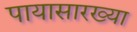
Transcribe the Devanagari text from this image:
पायासारख्या